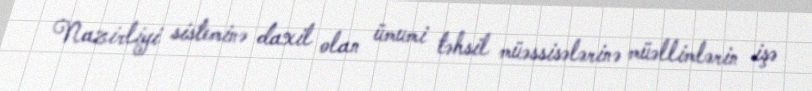
Nazirliyi sisteminə daxil olan ümumi təhsil müəssisələrinə müəllimlərin işə